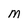
Character: M